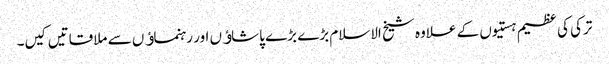
ترکی کی عظیم ہستیوں کے علاوہ شیخ الاسلام بڑے بڑے پاشاﺅں اور رہنماﺅں سے ملاقاتیں کیں۔